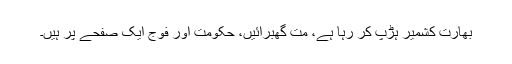
بھارت کشمیر ہڑپ کر رہا ہے، مت گھبرائیں، حکومت اور فوج ایک صفحے پر ہیں۔